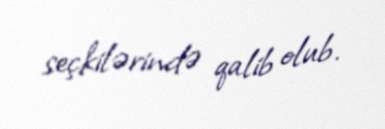
seçkilərində qalib olub.